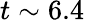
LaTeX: t\sim 6.4